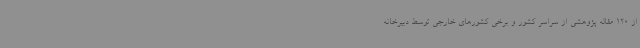
از 120 مقاله پژوهشی از سراسر کشور و برخی کشورهای خارجی توسط دبیرخانه